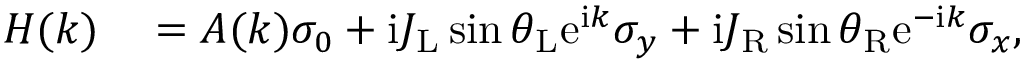
\begin{array} { r l } { H ( k ) } & { { } = A ( k ) \sigma _ { 0 } + \mathrm { i } J _ { \mathrm { L } } \sin { \theta _ { \mathrm { L } } } \mathrm { e } ^ { \mathrm { i } k } \sigma _ { y } + \mathrm { i } J _ { \mathrm { R } } \sin { \theta _ { \mathrm { R } } } \mathrm { e } ^ { - \mathrm { i } k } \sigma _ { x } , } \end{array}